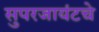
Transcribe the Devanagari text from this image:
सुपरजायंटचे